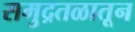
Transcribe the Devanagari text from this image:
समुद्रतळातून